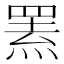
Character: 罴